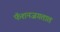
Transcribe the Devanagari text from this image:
फॅशनजगतात